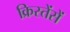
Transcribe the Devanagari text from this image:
क्रिस्तेंसें